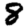
Digit: 8